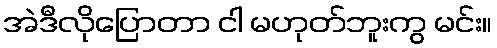
အဲဒီလိုပြောတာ ငါ မဟုတ်ဘူးကွ မင်း။